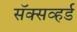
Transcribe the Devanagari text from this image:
सॅक्सव्हर्ड